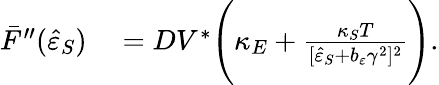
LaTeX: \begin{array}{rl}{\bar{F}^{\prime\prime}(\hat{\varepsilon}_{S})}&{{}=DV^{\ast}\Bigg(\kappa_{E}+\frac{\kappa_{S}T}{[\hat{\varepsilon}_{S}+b_{\varepsilon}\gamma^{2}]^{2}}\Bigg).}\end{array}